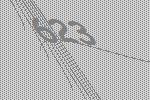
623